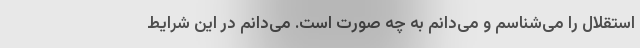
استقلال را می‌شناسم و می‌دانم به چه صورت است. می‌دانم در این شرایط